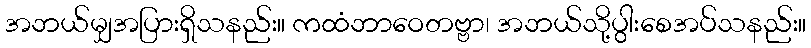
အဘယ်မျှအပြားရှိသနည်း။ ကထံဘာဝေတဗ္ဗာ၊ အဘယ်သို့ပွါးစေအပ်သနည်း။